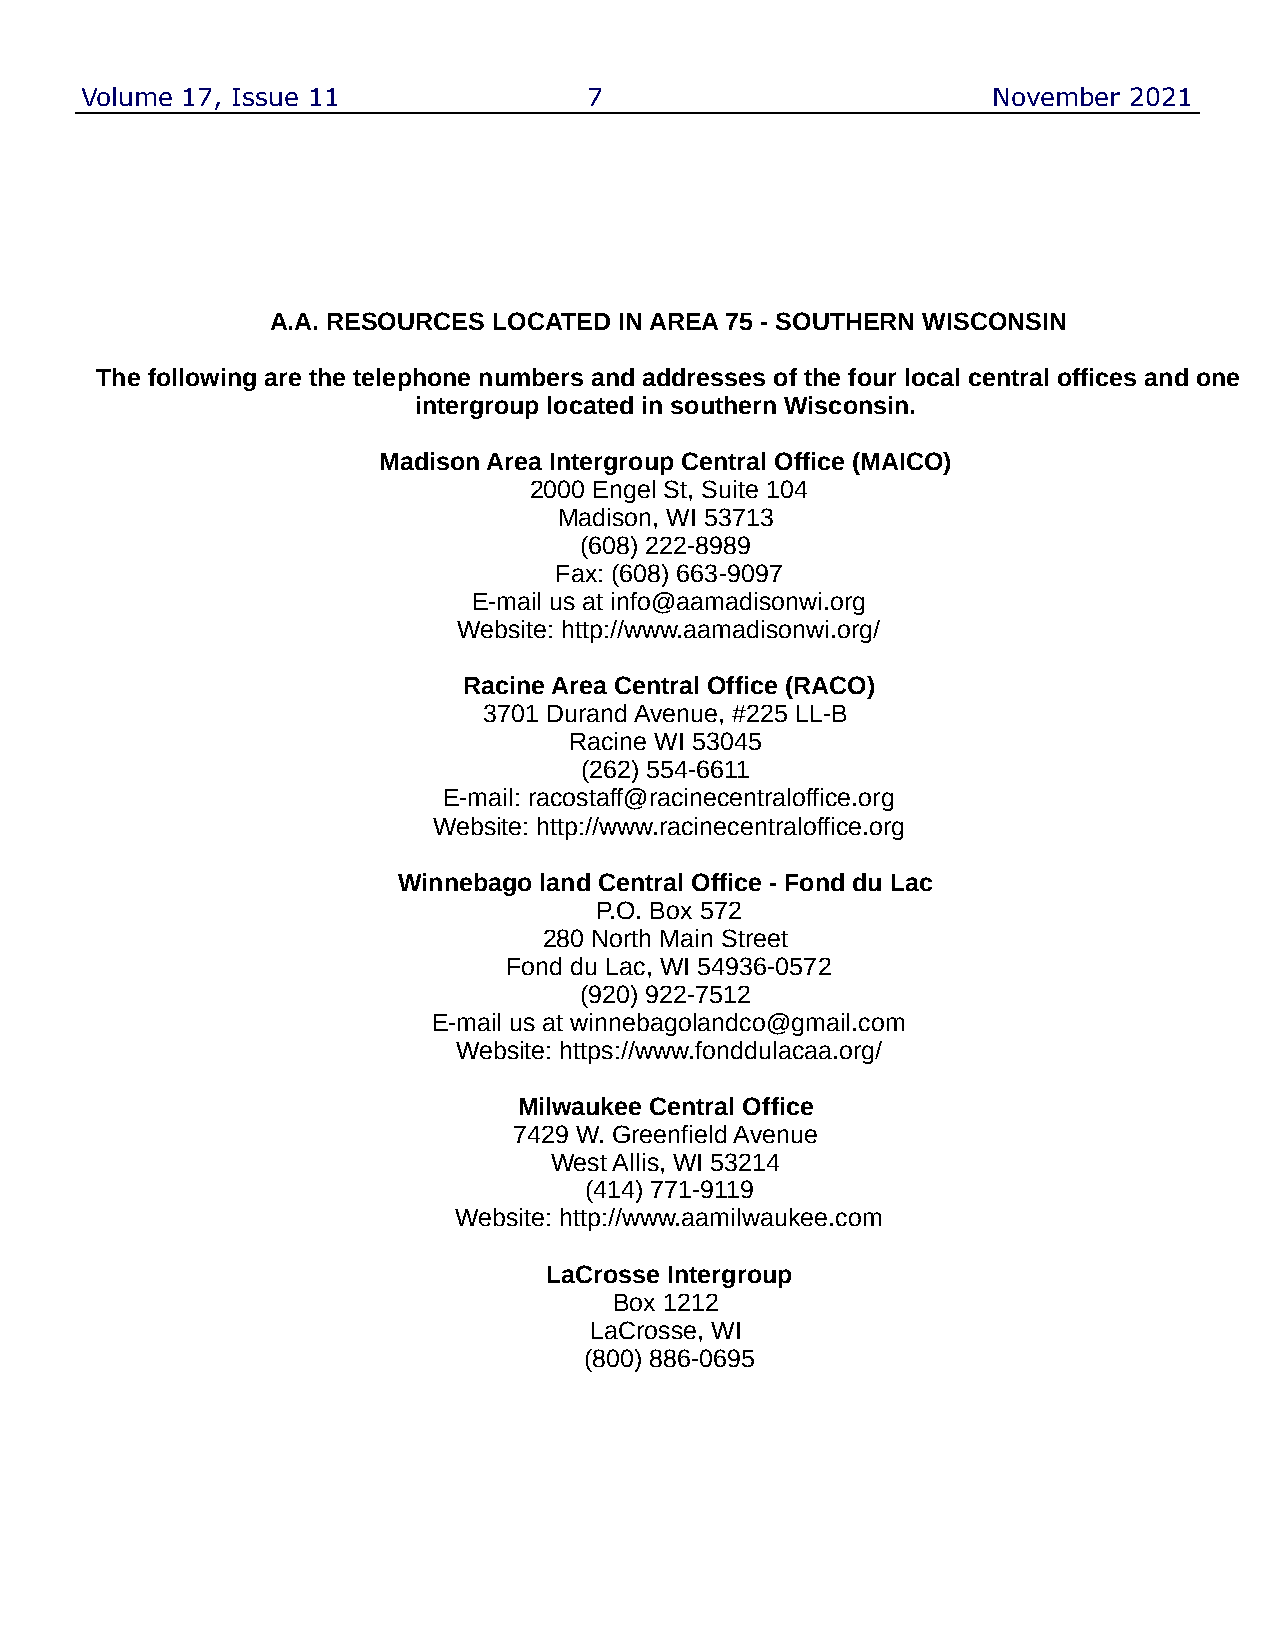
Volume 17, Issue 11               7                          November 2021
 A.A. RESOURCES LOCATED IN AREA 75 - SOUTHERN WISCONSIN
 The following are the telephone numbers and addresses of the four local central offices and one
 intergroup located in southern Wisconsin.
 Madison Area Intergroup Central Office (MAICO)
 2000 Engel St, Suite 104
 Madison, WI 53713
 (608) 222-8989
 Fax: (608) 663-9097
 E-mail us at info@aamadisonwi.org
 Website: http://www.aamadisonwi.org/
 Racine Area Central Office (RACO)
 3701 Durand Avenue, #225 LL-B
 Racine WI 53045
 (262) 554-6611
 E-mail: racostaff@racinecentraloffice.org
 Website: http://www.racinecentraloffice.org
 Winnebago land Central Office - Fond du Lac
 P.O. Box 572
 280 North Main Street
 Fond du Lac, WI 54936-0572
 (920) 922-7512
 E-mail us at winnebagolandco@gmail.com
 Website: https://www.fonddulacaa.org/
 Milwaukee Central Office
 7429 W. Greenfield Avenue
 West Allis, WI 53214
 (414) 771-9119
 Website: http://www.aamilwaukee.com
 LaCrosse Intergroup
 Box 1212
 LaCrosse, WI
 (800) 886-0695